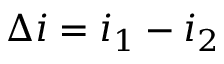
\Delta i = i _ { 1 } - i _ { 2 }